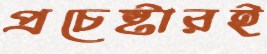
প্রচেষ্টারই